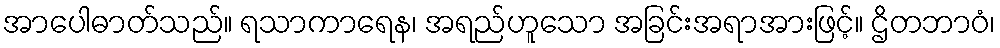
အာပေါဓာတ်သည်။ ရသာကာရေန၊ အရည်ဟူသော အခြင်းအရာအားဖြင့်။ ဌိတဘာဝံ၊